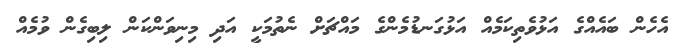
އެހެން ބައެއްގެ އަޅުވެތިކަމެއް އަޅުގަނޑުމެންގެ މައްޗަށް ނެތުމަކީ އަދި މިނިވަންކަން ލިބިގެން ވުމެއް